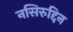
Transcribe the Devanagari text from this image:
नसिरुद्दिन